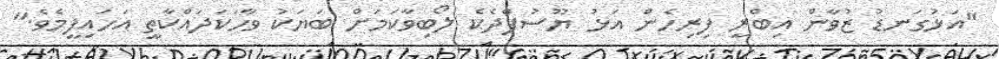
"އަޅުގަނޑު ޒުވާން އިބްރީ ފިރިހެން އަޅު ޔޫސުފްދެކެ ލޯބިވާކަމަށް ބަޔަކު ވާހަކަދައްކާތީ އަހައިފީމެވެ."